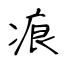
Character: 痕